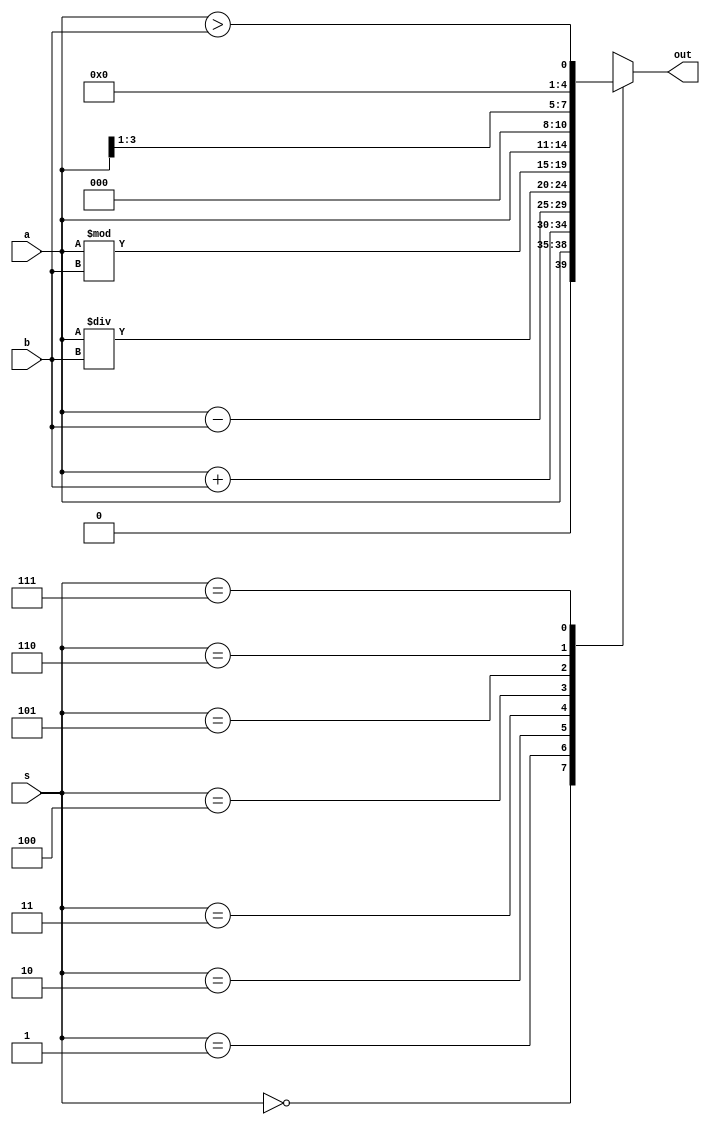
module alu_8(out,a,b,s);
   output reg [4:0] out;
   input [3:0] a,b;
   input [2:0] s;

   always @(a,b,s) begin
       case(s)
       3'b000:out=a;
       3'b001:out=a+b;
       3'b010:out=a-b;
       3'b011:out=a/b;
       3'b100:out=a%b;
       3'b101:out=a<<1;
       3'b110:out=a>>1;
       3'b111:out=(a>b);
       endcase
   end
endmodule